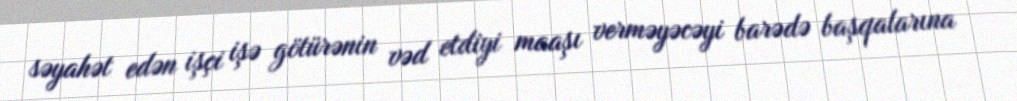
səyahət edən işçi işə götürənin vəd etdiyi maaşı verməyəcəyi barədə başqalarına